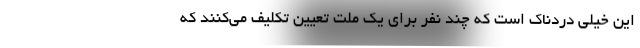
این خیلی دردناک است که چند نفر برای یک ملت تعیین تکلیف می‌کنند که